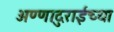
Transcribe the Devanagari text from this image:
अण्णादुराईंच्या